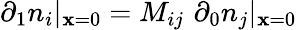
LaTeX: \partial_{1}n_{i}|_{\mathbf{x}=0}=M_{ij}\, \, \partial_{0}n_{j}|_{\mathbf{x}=0}